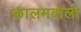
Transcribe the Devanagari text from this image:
कालमबोली